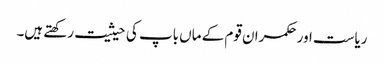
ریاست اور حکمران قوم کے ماں باپ کی حیثیت رکھتے ہیں۔